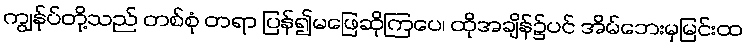
ကျွန်ုပ်တို့သည် တစ်စုံ တရာ ပြန်၍မဖြေဆိုကြပေ၊ ထိုအချိန်၌ပင် အိမ်ဘေးမှမြင်းထ